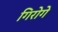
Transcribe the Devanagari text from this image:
गिरोगे